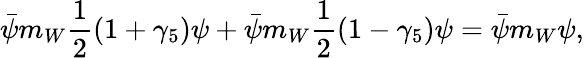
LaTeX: \bar{\psi}m_{W}\frac{1}{2}(1+\gamma_{5})\psi+\bar{\psi}m_{W}\frac{1}{2}(1-\gamma_{5})\psi=\bar{\psi}m_{W}\psi,